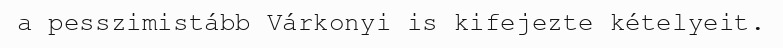
a pesszimistább Várkonyi is kifejezte kételyeit.